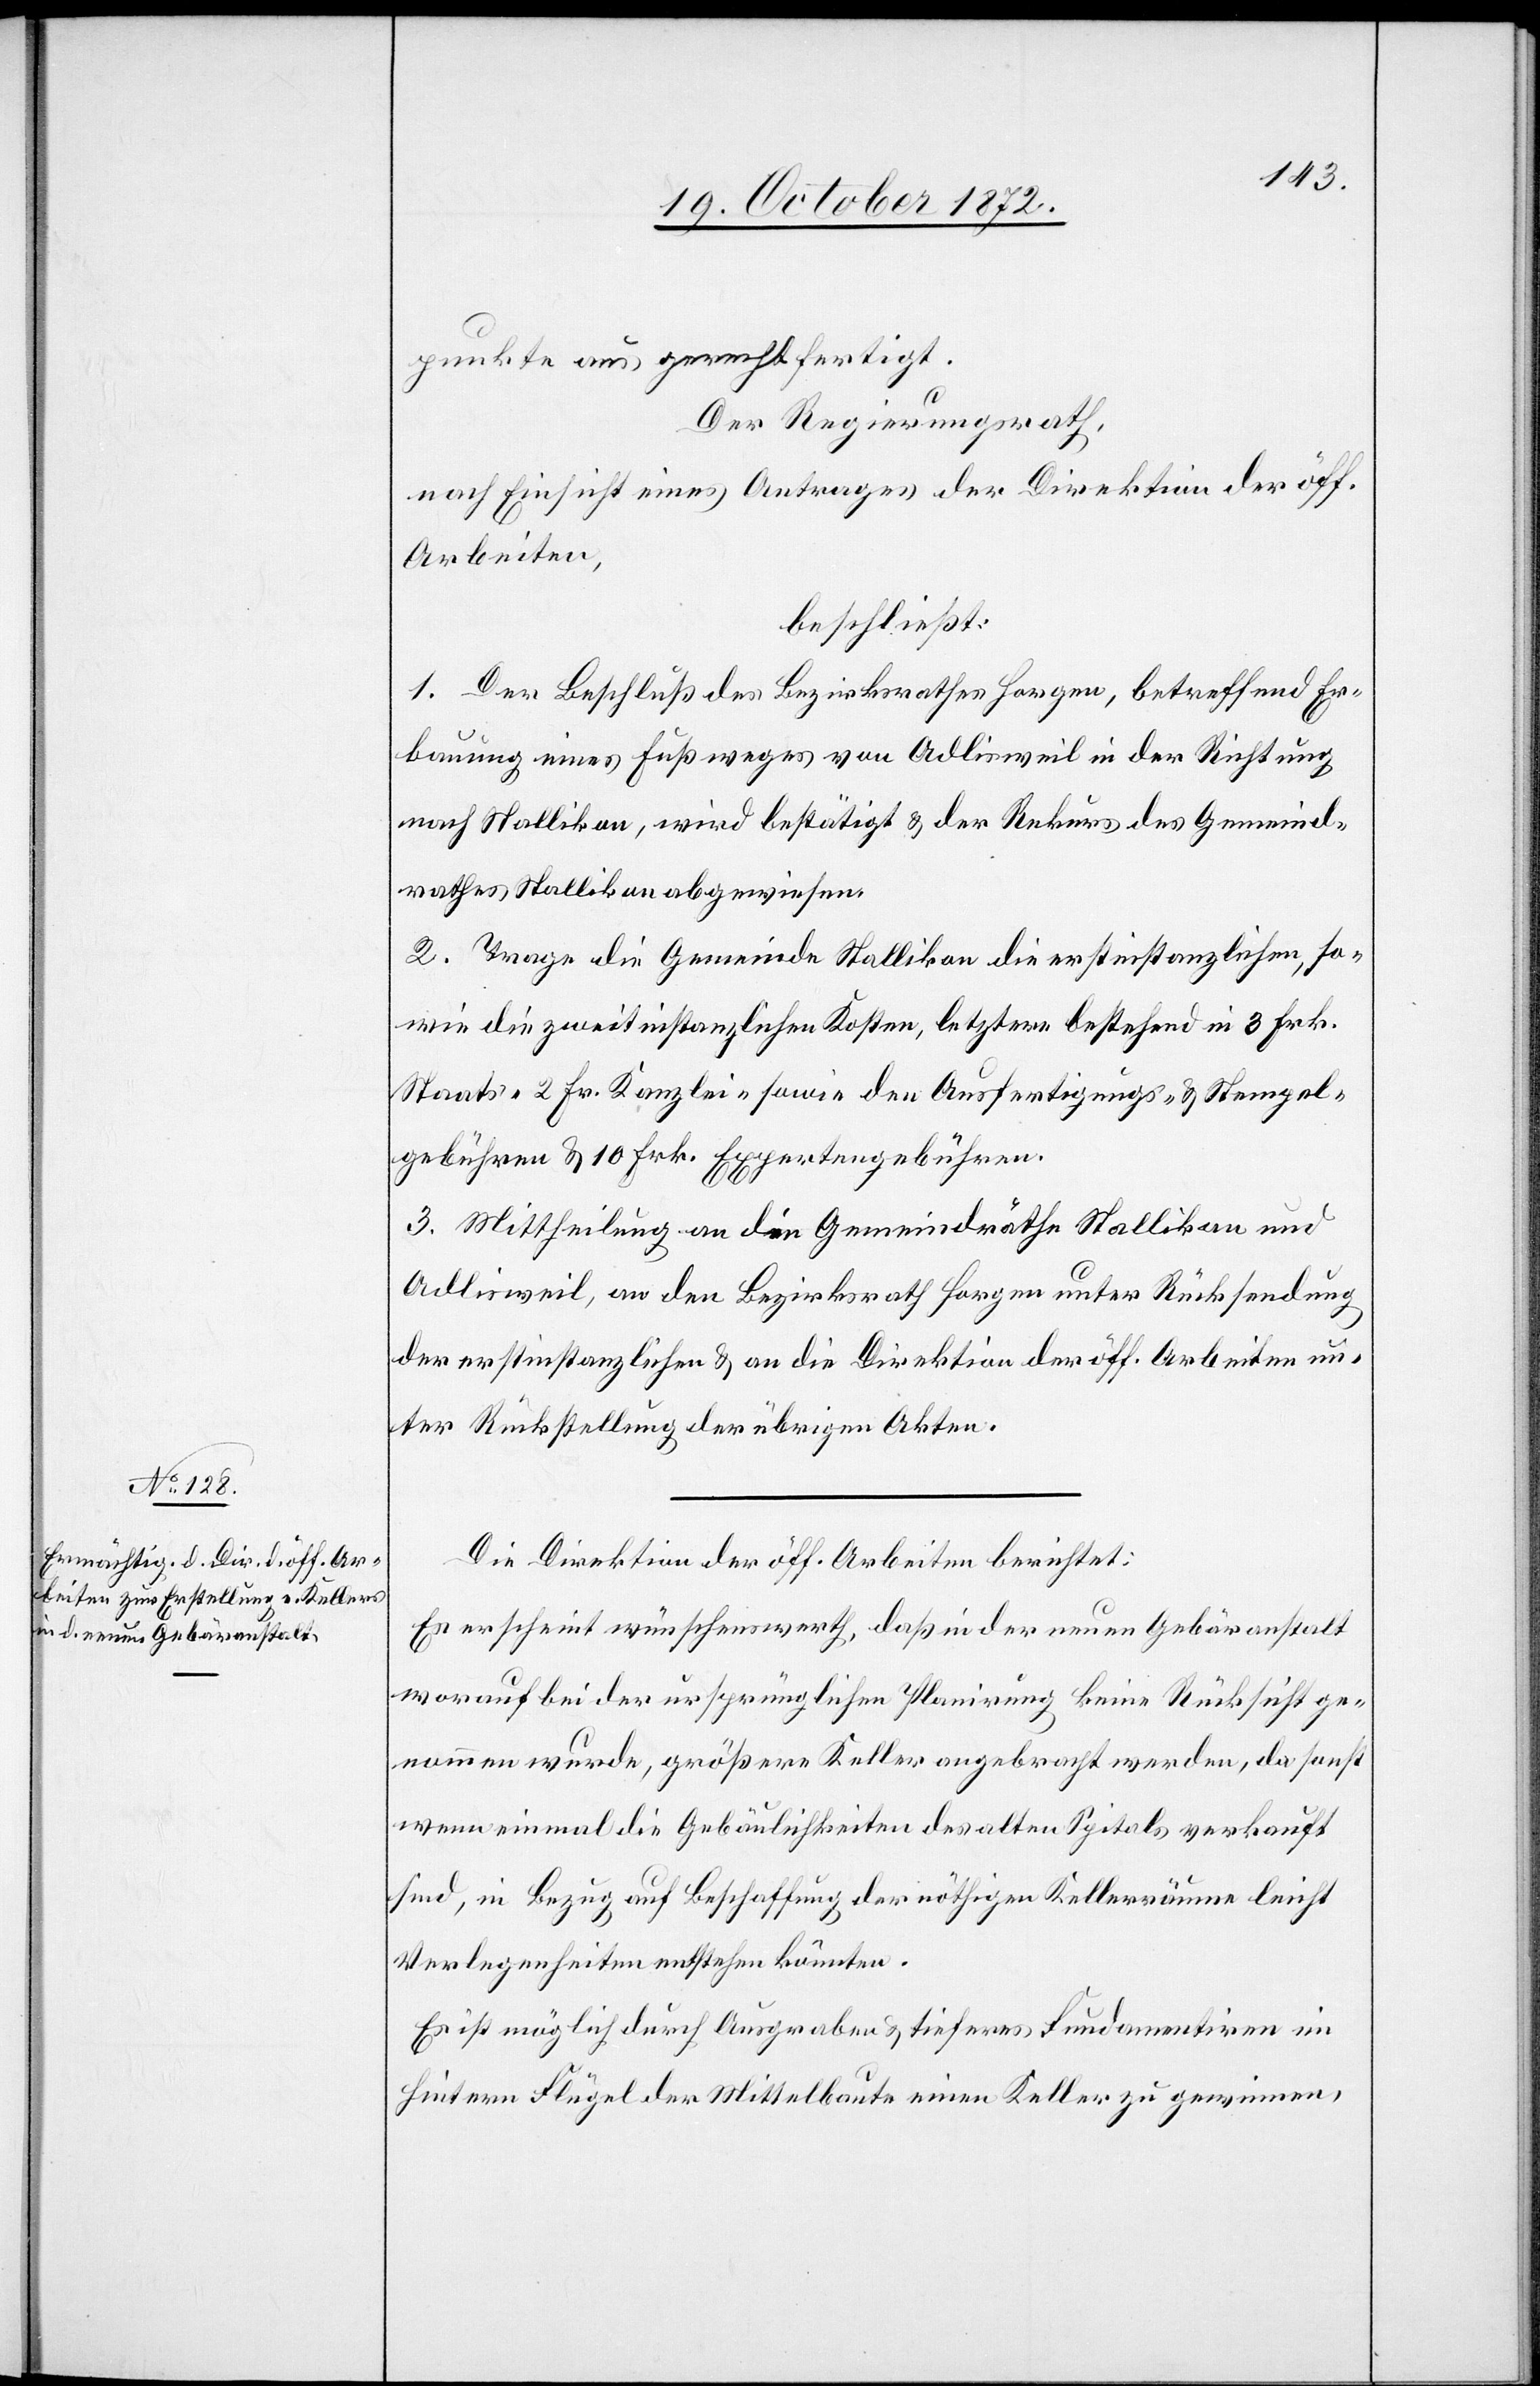
punkte aus gerechtfertigt.
Der Regierungsrath,
nach Einsicht eines Antrages der Direktion der öff.
Arbeiten,
beschließt:
1. Der Beschluß des Bezirksrathes Horgen, betreffend Er¬
bauung eines Fußweges von Adlisweil in der Richtung
nach Stallikon, wird bestätigt u. der Rekurs des Gemeind¬
rathes Stallikon abgewiesen.
2. Trage die Gemeinde Stallikon die erstinstanzlichen, so¬
wie die zweitinstanzlichen Kosten, letztere bestehend in 3 Frk.
Staats- 2 Fr. Kanzlei- sowie den Ausfertigungs- u. Stempel¬
gebühren u. 10 Frk. Expertengebühren.
3. Mittheilung an die Gemeindräthe Stallikon und
Adlisweil, an den Bezirksrath Horgen unter Rücksendung
der erstinstanzlichen u. an die Direktion der öff. Arbeiten un¬
ter Rückstellung der übrigen Akten.
Die Direktion der öff. Arbeiten berichtet:
Es erscheint wünschenswerth, daß in der neuen Gebäranstalt
worauf bei der ursprünglichen Planirung keine Rücksicht ge¬
nommen wurde, größere Keller angebracht werden, da sonst
wenn einmal die Gebäulichkeiten des alten Spitals verkauft
sind, in Bezug auf Beschaffung der nöthigen Kellerräume leicht
Verlegenheiten entstehen könnten.
Es ist möglich durch Ausgraben u. tieferes Fundamentiren im
hintern Flügel der Mittelbaute einen Keller zu gewinnen,